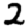
Digit: 2